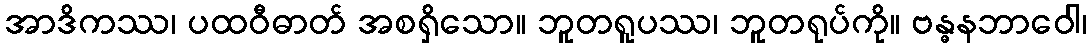
အာဒိကဿ၊ ပထဝီဓာတ် အစရှိသော။ ဘူတရူပဿ၊ ဘူတရုပ်ကို။ ဗန္ဓနဘာဝေါ၊